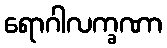
ရောဂါလက္ခဏာ